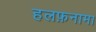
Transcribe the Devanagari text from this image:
हलफ़नामा